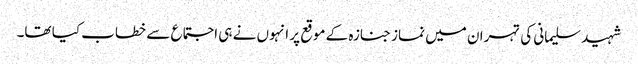
شہید سلیمانی کی تہران میں نماز جنازہ کے موقع پر انہوں نے ہی اجتماع سے خطاب کیا تھا۔